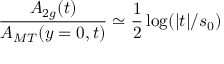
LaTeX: { \frac { A _ { 2 g } ( t ) } { A _ { M T } ( y = 0 , t ) } } \simeq { \frac { 1 } { 2 } } \log ( | t | / s _ { 0 } )